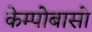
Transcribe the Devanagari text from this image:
केम्पोबासो